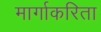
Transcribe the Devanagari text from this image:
मार्गाकरिता